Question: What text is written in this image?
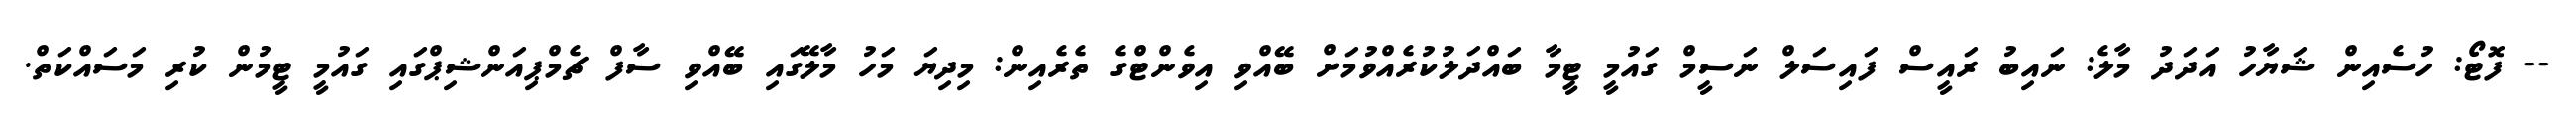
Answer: -- ފޮޓޯ: ހުސެއިން ޝަޔާހު އަދަދު މާލެ: ނައިބު ރައީސް ފައިސަލް ނަސީމް ގައުމީ ޓީމާ ބައްދަލުކުރެއްވުމަށް ބޭއްވި އިވެންޓްގެ ތެރެއިން: މިދިޔަ މަހު މާލޭގައި ބޭއްވި ސާފް ޗެމްޕިއަންޝިޕްގައި ގައުމީ ޓީމުން ކުރި މަސައްކަތް.